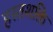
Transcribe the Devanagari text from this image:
हस्तशक्ति